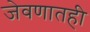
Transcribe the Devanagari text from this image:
जेवणातही